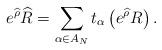
LaTeX: \begin{align*}e^{\widehat{\rho}} \widehat{R} = \sum_{\alpha\in A_N}t_\alpha\left(e^{\widehat{\rho}}R\right).\end{align*}